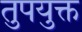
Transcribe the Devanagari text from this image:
तुपयुक्त